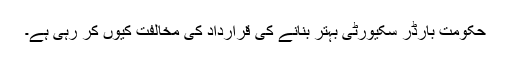
حکومت بارڈر سکیورٹی بہتر بنانے کی قرارداد کی مخالفت کیوں کر رہی ہے۔